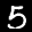
Label: 5